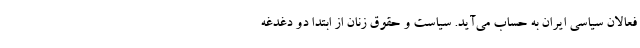
فعالان سیاسی ایران به حساب می‌آید. سیاست و حقوق زنان از ابتدا دو دغدغه